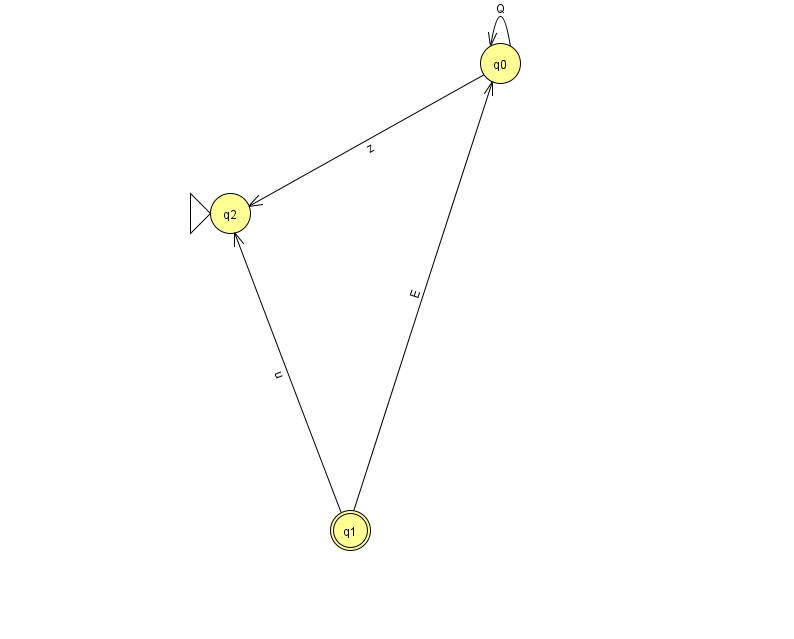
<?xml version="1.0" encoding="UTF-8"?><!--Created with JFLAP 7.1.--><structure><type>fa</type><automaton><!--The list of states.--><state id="0" name="q0"><x>500.0</x><y>50.0</y></state><state id="1" name="q1"><x>350.0</x><y>517.0</y><final/></state><state id="2" name="q2"><x>230.0</x><y>200.0</y><initial/></state><!--The list of transitions.--><transition><from>0</from><to>0</to><read>Q</read></transition><transition><from>0</from><to>2</to><read>z</read></transition><transition><from>1</from><to>2</to><read>u</read></transition><transition><from>1</from><to>0</to><read>E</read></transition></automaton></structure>